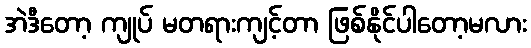
အဲဒီတော့ ကျုပ် မတရားကျင့်တာ ဖြစ်နိုင်ပါတော့မလား